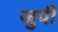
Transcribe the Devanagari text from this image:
जुपी